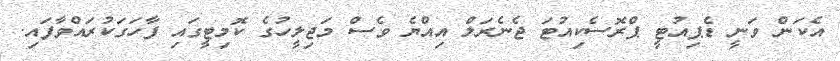
އެކަން ވަނީ ޑެޕިއުޓީ ޕްރޮސެކިއުޓަ ޖެނެރަލް އިއްޔެ ވެސް މަޖިލީހުގެ ކޮމިޓީގައި ފާހަގަކުރައްވާފައި.